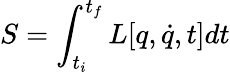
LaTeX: S=\int_{t_{i}}^{t_{f}}L[q,\dot{q},t]dt